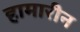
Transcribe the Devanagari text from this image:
हामारीन